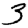
Digit: 3